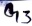
Text: G3